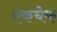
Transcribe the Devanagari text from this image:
एकचेक